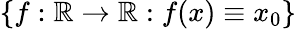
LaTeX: \{ f:\mathbb{R}\to\mathbb{R}:f(x)\equiv x_{0}\}